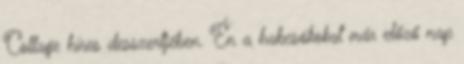
Collage híres desszertjében. Én a habcsókokat már előző nap